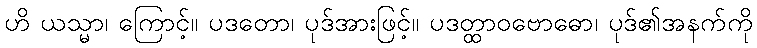
ဟိ ယသ္မာ၊ ကြောင့်။ ပဒတော၊ ပုဒ်အားဖြင့်။ ပဒတ္ထာဝဗောဓော၊ ပုဒ်၏အနက်ကို